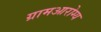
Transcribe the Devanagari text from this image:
ग्रामआरोग्य